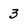
Character: 3